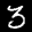
Label: 3